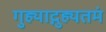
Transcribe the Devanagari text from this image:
गुह्याद्गुह्यतमं